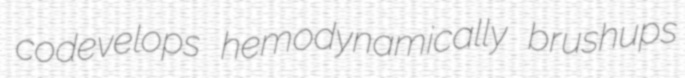
codevelops hemodynamically brushups